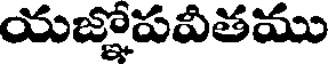
యజ్ఞాపవితము